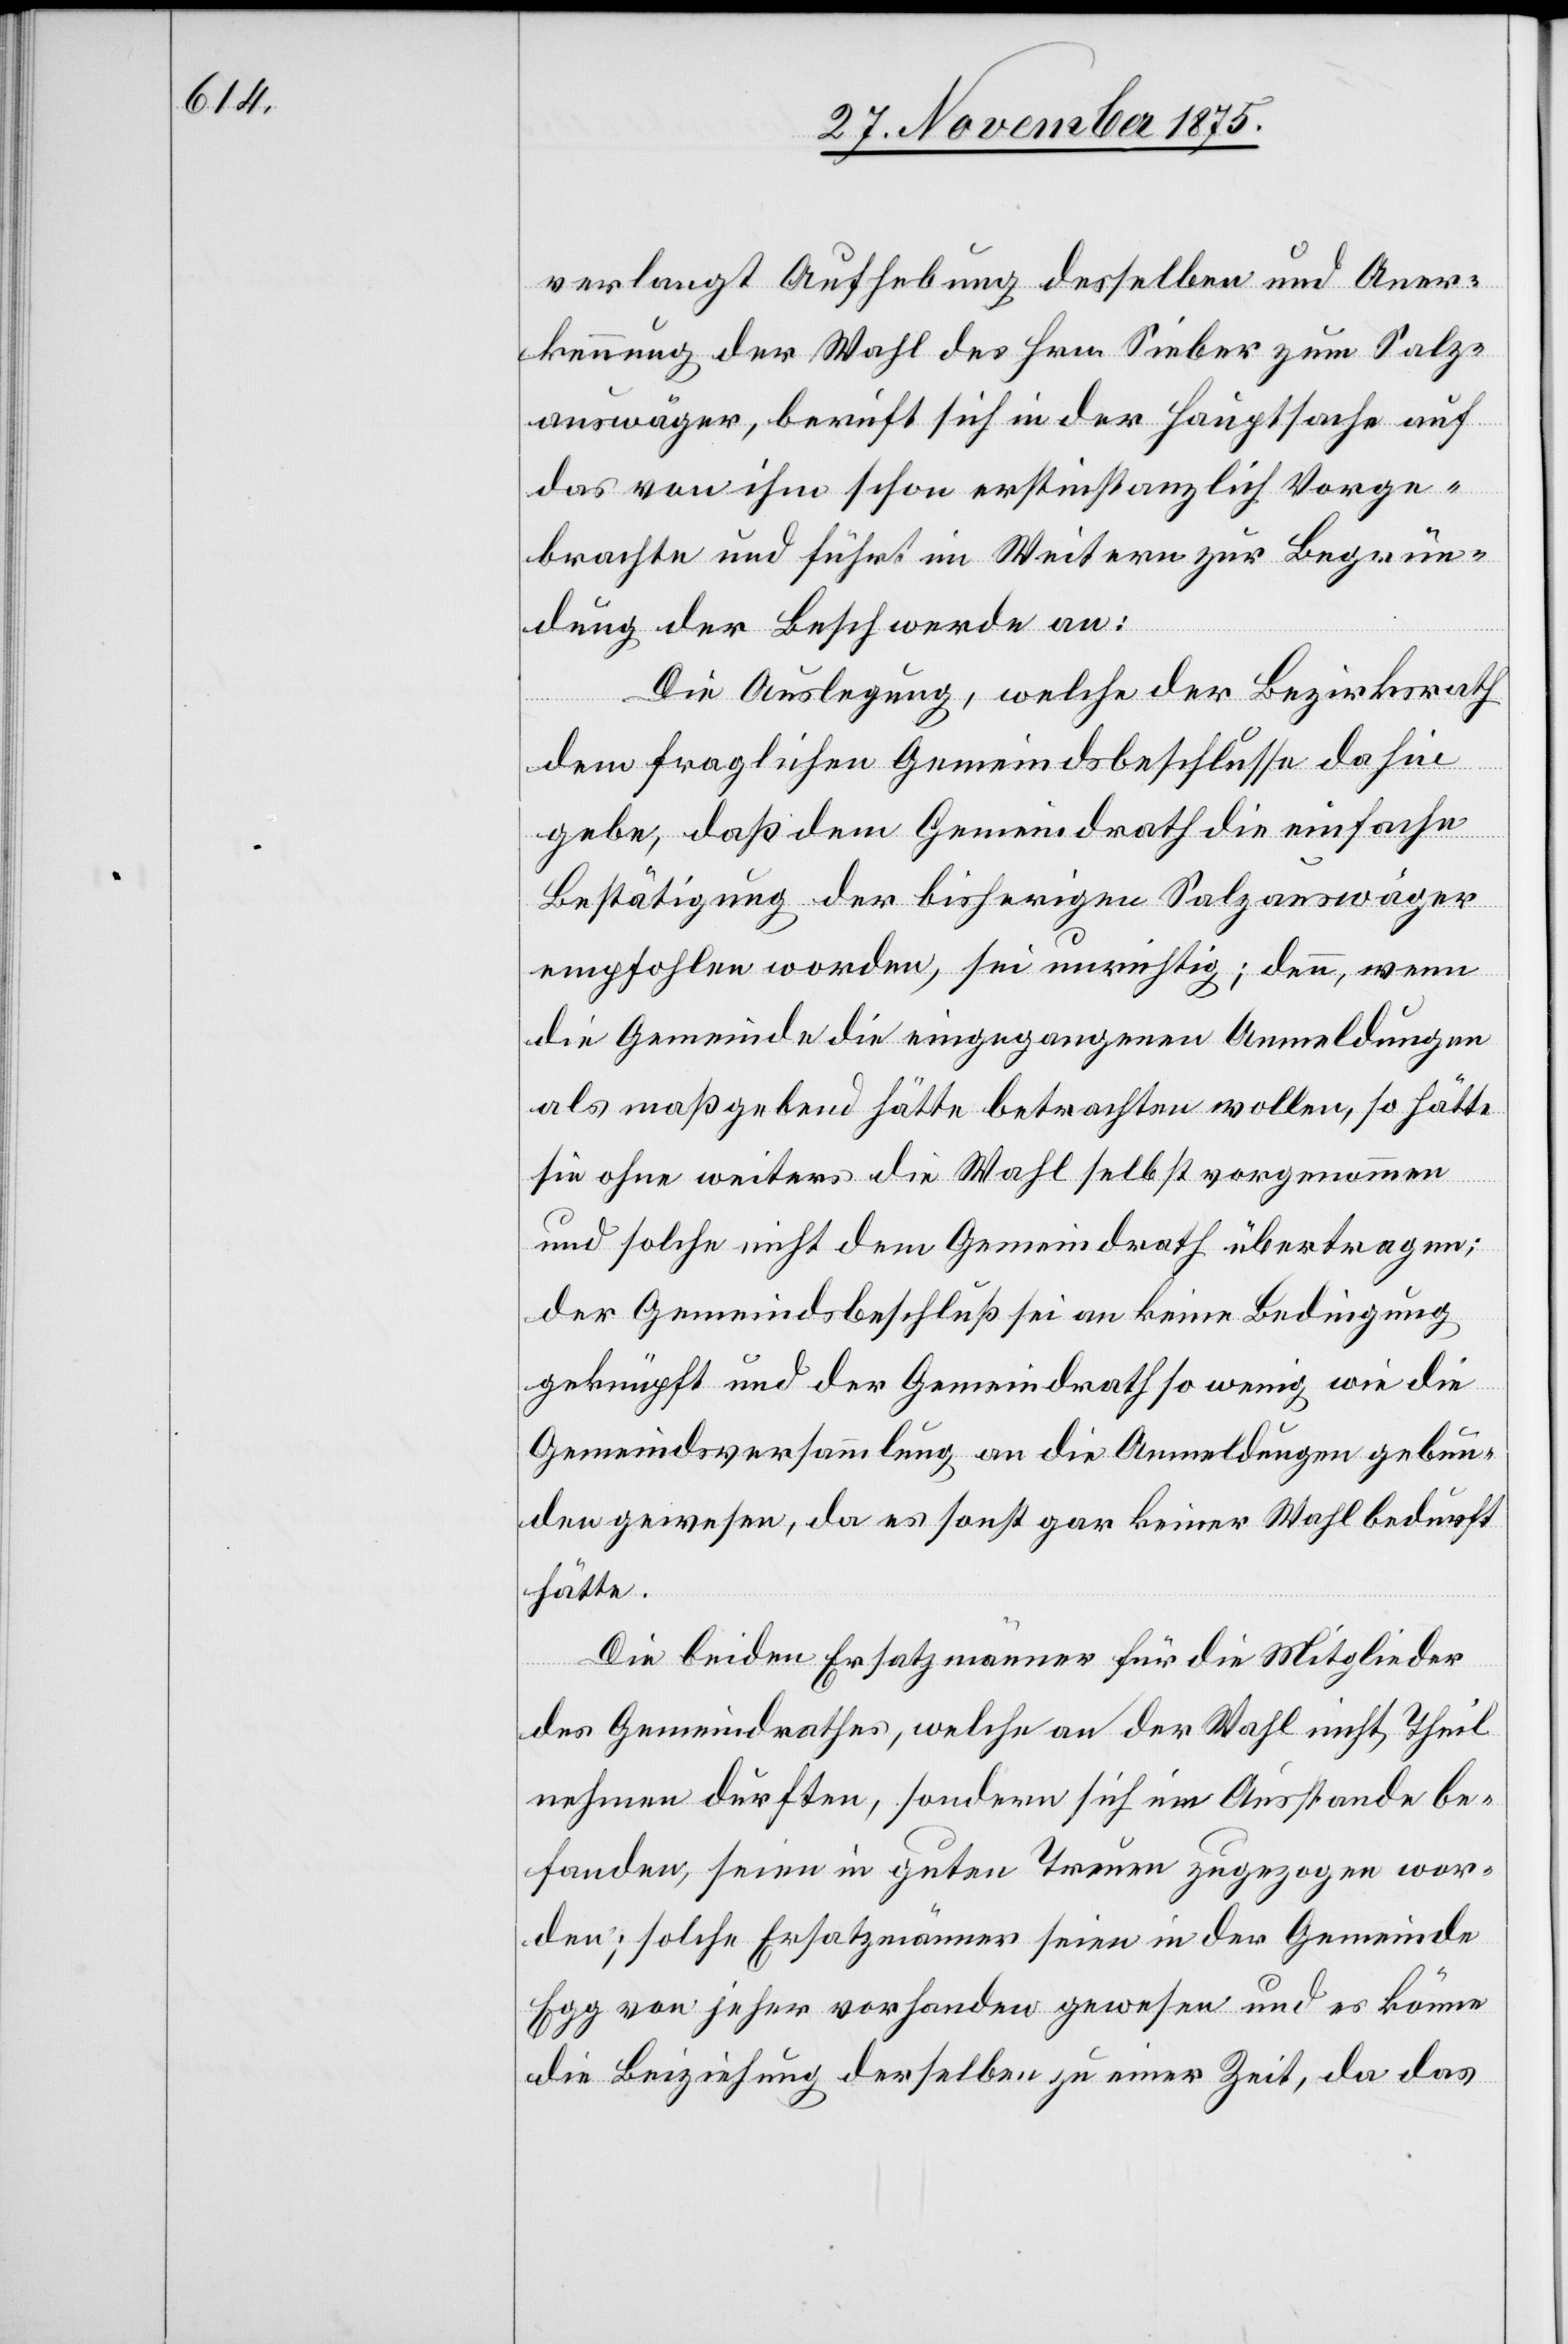
verlangt Aufhebung desselben und Aner¬
kennung der Wahl des Hrn. Sieber zum Salz¬
auswäger, beruft sich in der Hauptsache auf
das von ihm schon erstinstanzlich Vorge¬
brachte und führt im Weitern zur Begrün¬
dung der Beschwerde an:
Die Auslegung, welche der Bezirksrath
dem fraglichen Gemeindsbeschlusse dahin
gebe, daß dem Gemeindrath die einfache
Bestätigung der bisherigen Salzauswäger
empfohlen worden, sei unrichtig; denn, wenn
die Gemeinde die eingegangenen Anmeldungen
als maßgebend hätte betrachten wollen, so hätte
sie ohne weiters die Wahl selbst vorgenommen
und solche nicht dem Gemeindrath übertragen;
der Gemeindsbeschluß sei an keine Bedingung
geknüpft und der Gemeindrath so wenig wie die
Gemeindsversammlung an die Anmeldungen gebun¬
den gewesen, da es sonst gar keiner Wahl bedurft
hätte.
Die beiden Ersatzmänner für die Mitglieder
des Gemeindrathes, welche an der Wahl nicht Theil
nehmen durften, sondern sich im Ausstande be¬
fanden, seien in guten Treuen zugezogen wor¬
den; solche Ersatzmänner seien in der Gemeinde
Egg von jeher vorhanden gewesen und es könne
die Beiziehung derselben zu einer Zeit, da das